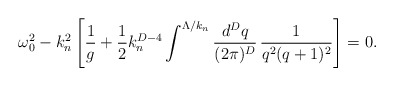
\begin{align*}\omega_0^2-k_n^2\left[{1\over g}+{1\over2}k_n^{D-4}\int^{\Lambda/k_n}{d^Dq\over(2\pi)^D}\,{1\over q^2(q+1)^2}\right]=0.\end{align*}